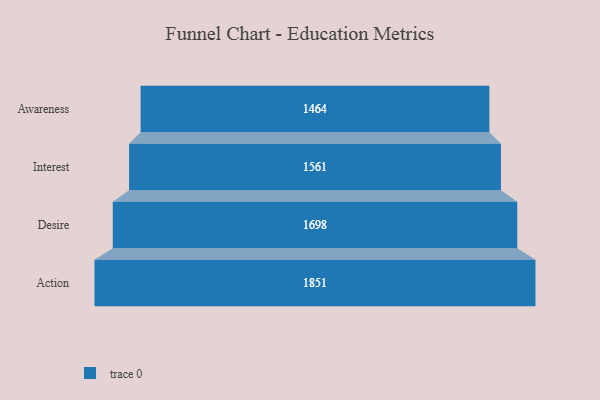
{"axis": {"x": "Stage", "y": "Value"}, "legend": [""], "data": [{"x": "Awareness", "y": 1464.0, "type": ""}, {"x": "Interest", "y": 1561.0, "type": ""}, {"x": "Desire", "y": 1698.0, "type": ""}, {"x": "Action", "y": 1851.0, "type": ""}]}